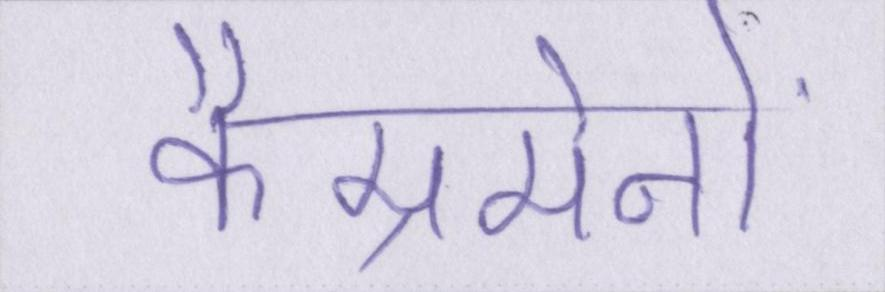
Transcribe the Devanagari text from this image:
कैम्रमेनों